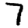
Digit: 7